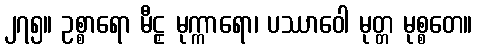
၂၇၅။ ဥစ္စာရော မီဠှ မုက္ကာရော၊ ပဿာဝေါ မုတ္တ မုစ္စတေ။